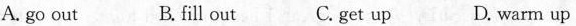
A. go out B.fill out C. get up D. warm up